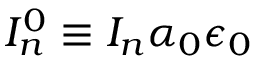
I _ { n } ^ { 0 } \equiv I _ { n } \alpha _ { 0 } \epsilon _ { 0 }